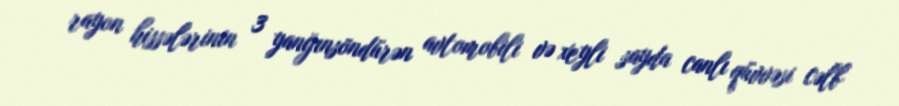
rayon hissələrinin 3 yanğınsöndürən avtomobili və xeyli sayda canlı qüvvəsi cəlb